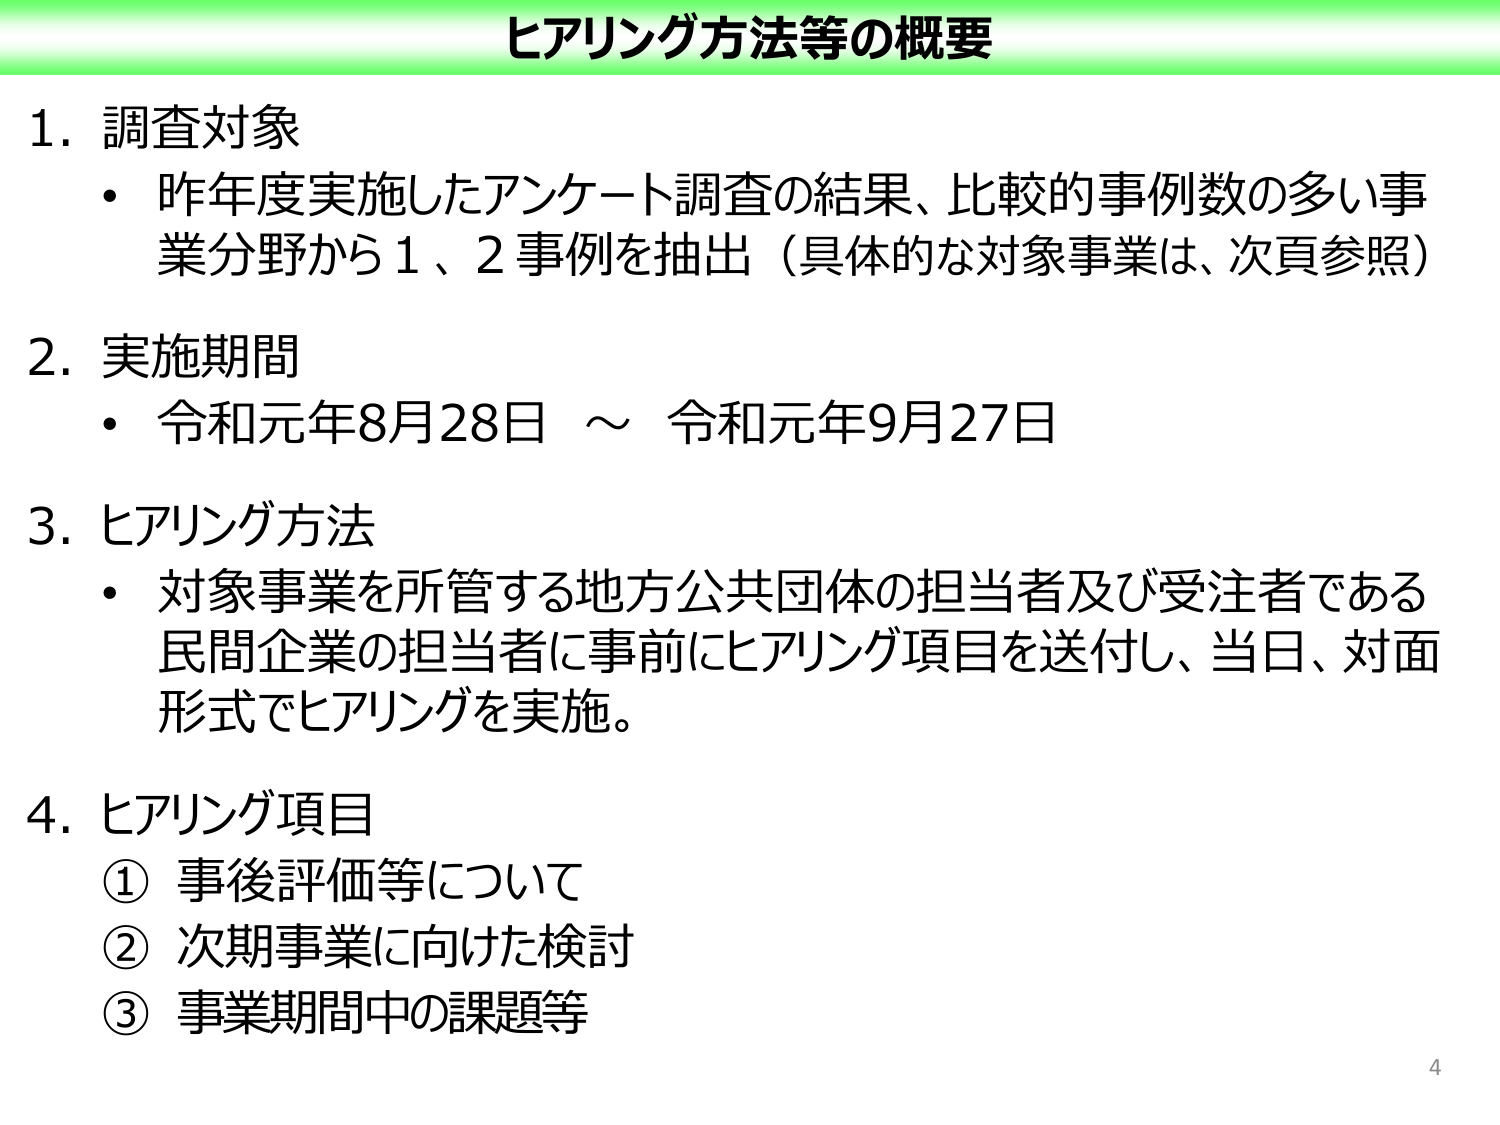
ヒアリング方法等の概要

1. 調査対象
・昨年度実施したアンケート調査の結果、比較的事例数の多い事業分野から1、2事例を抽出（具体的な対象事業は、次頁参照）

2. 実施期間
・令和元年8月28日 ～ 令和元年9月27日

3. ヒアリング方法
・対象事業を所管する地方公共団体の担当者及び受注者である民間企業の担当者に事前にヒアリング項目を送付し、当日、対面形式でヒアリングを実施。

4. ヒアリング項目
① 事後評価等について
② 次期事業に向けた検討
③ 事業期間中の課題等

4